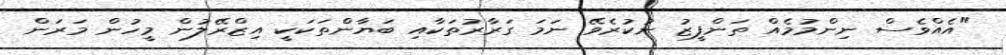
"އެއްވެސް ނިންމުމެއް ތަންފީޒު ނުކުރެވޭ ނަމަ ގަރާރުތަކާއި ބަޔާންތަކަކީ އިޒްރޭލުން މީހުން މަރަން